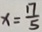
x = \frac { 1 7 } { 5 }